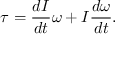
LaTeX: { \boldsymbol { \tau } } = { \frac { d I } { d t } } { \boldsymbol { \omega } } + I { \frac { d { \boldsymbol { \omega } } } { d t } } .